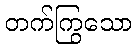
တက်ကြွသော